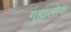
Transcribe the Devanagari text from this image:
गुह्यलोक